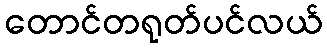
တောင်တရုတ်ပင်လယ်